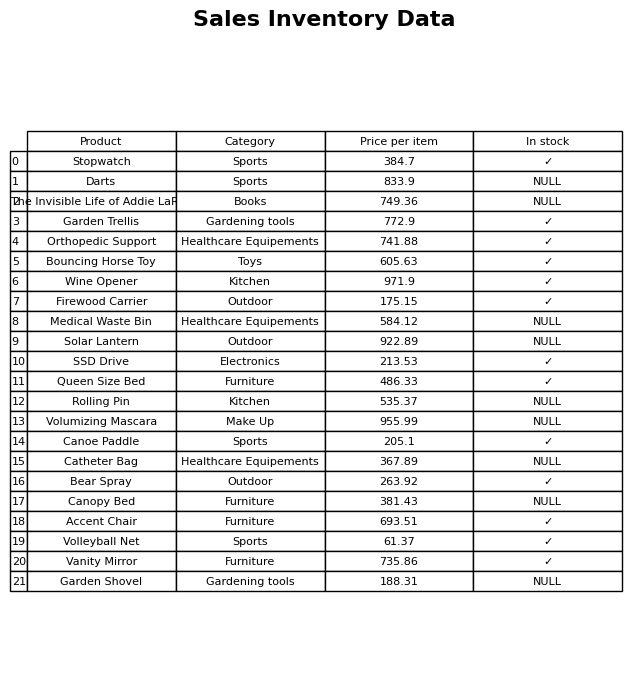
question: What is the price for Wine Opener?
answer: The price of Wine Opener is 971.9.